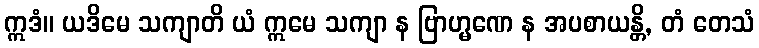
ဣဒံ။ ယဒိမေ သကျာတိ ယံ ဣမေ သကျာ န ဗြာဟ္မဏေ န အပစာယန္တိ, တံ တေသံ